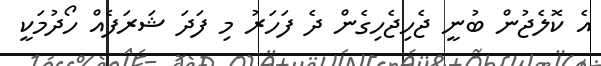
އެ ކޮލެޖުން ބުނީ ޖެހިޖެހިގެން ދެ ފަހަރު މި ފަދަ ޝަރަފެއް ހޯދުމަކީ